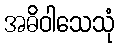
အဓိဝါသေသုံ